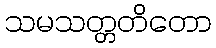
သမသတ္တတိတော